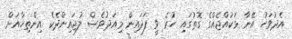
އެދުވަހު އޭނާ ޅަކުއްޖެއްގެ ގޮތުގައި ހުރެ ވީ ފަދައިން މިއަދުވެސް ލުޖައިންދެކެ އިންތިހާއަށް